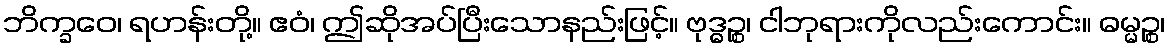
ဘိက္ခဝေ၊ ရဟန်းတို့။ ဧဝံ၊ ဤဆိုအပ်ပြီးသောနည်းဖြင့်။ ဗုဒ္ဓဉ္စ၊ ငါဘုရားကိုလည်းကောင်း။ ဓမ္မဉ္စ၊